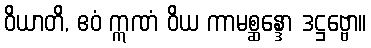
ဝိယာတိ, ဧဝံ ဣဏံ ဝိယ ကာမစ္ဆန္ဒော ဒဋ္ဌဗ္ဗော။